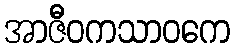
အာဇီဝကသာဝကေ